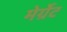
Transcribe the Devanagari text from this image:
मेर्ग्रेट